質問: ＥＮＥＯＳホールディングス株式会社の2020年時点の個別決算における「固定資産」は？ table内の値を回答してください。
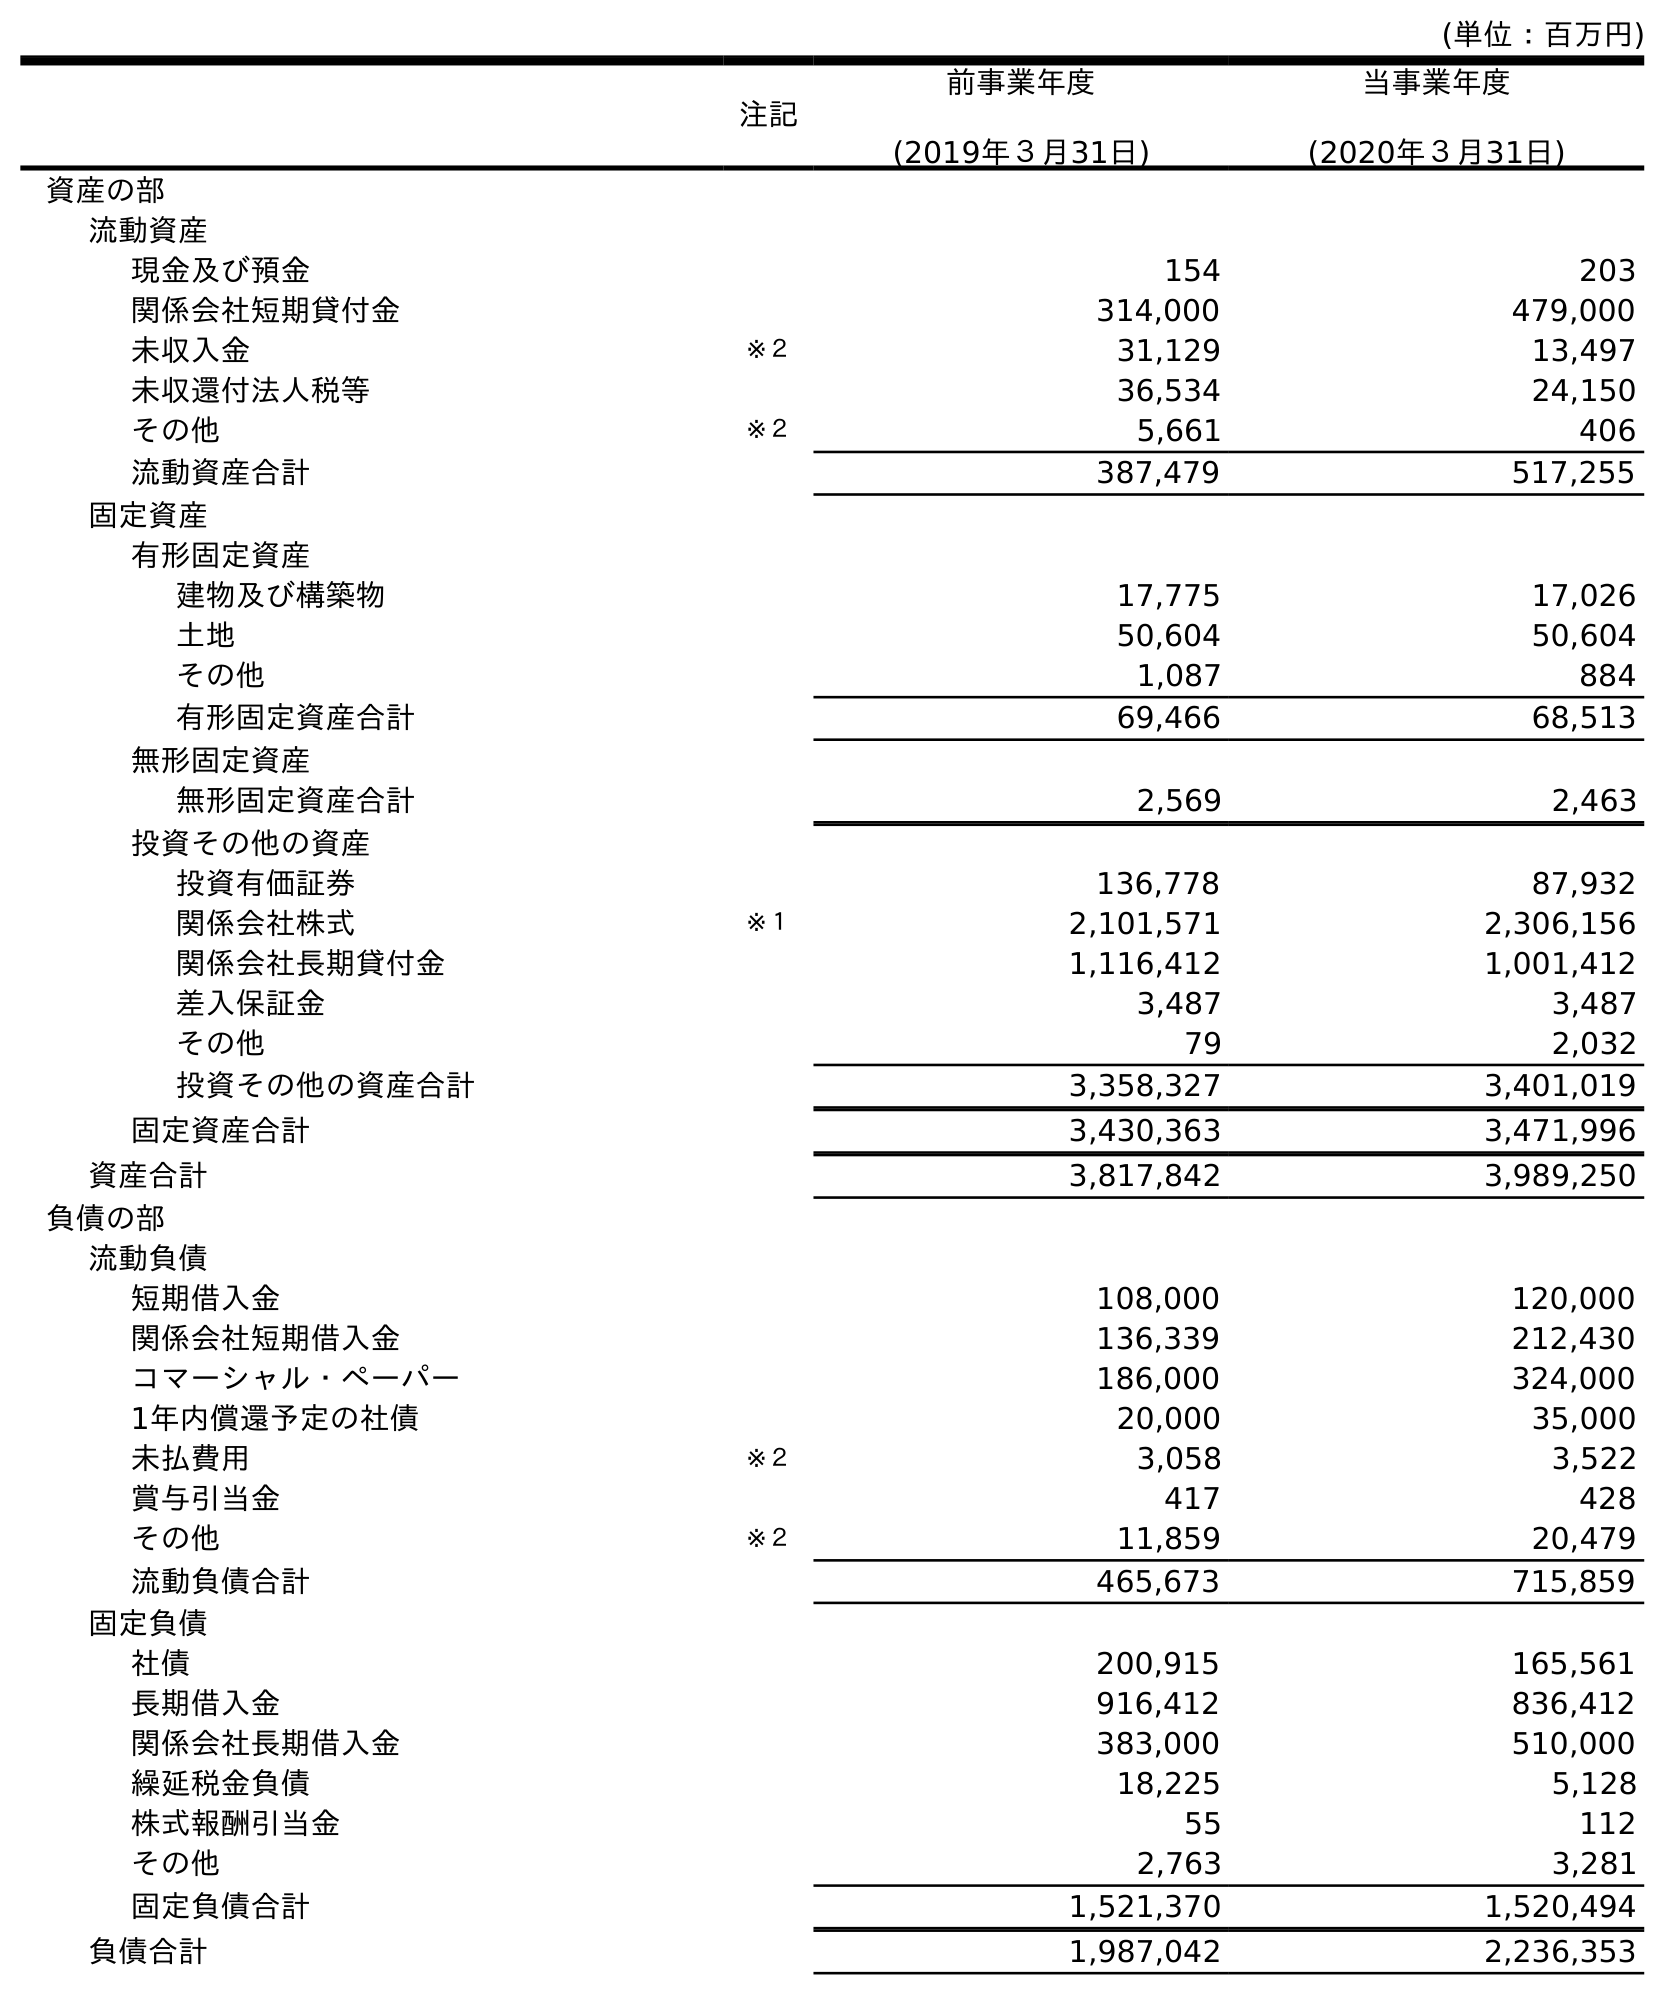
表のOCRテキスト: (単位：百万円) 注記 前事業年度 (2019年３月31日) 当事業年度 (2020年３月31日) 資産の部 流動資産 現金及び預金 154 203 関係会社短期貸付金 314,000 479,000 未収入金 ※２ 31,129 13,497 未収還付法人税等 36,534 24,150 その他 ※２ 5,661 406 流動資産合計 387,479 517,255 固定資産 有形固定資産 建物及び構築物 17,775 17,026 土地 50,604 50,604 その他 1,087 884 有形固定資産合計 69,466 68,513 無形固定資産 無形固定資産合計 2,569 2,463 投資その他の資産 投資有価証券 136,778 87,932 関係会社株式 ※１ 2,101,571 2,306,156 関係会社長期貸付金 1,116,412 1,001,412 差入保証金 3,487 3,487 その他 79 2,032 投資その他の資産合計 3,358,327 3,401,019 固定資産合計 3,430,363 3,471,996 資産合計 3,817,842 3,989,250 負債の部 流動負債 短期借入金 108,000 120,000 関係会社短期借入金 136,339 212,430 コマーシャル・ペーパー 186,000 324,000 1年内償還予定の社債 20,000 35,000 未払費用 ※２ 3,058 3,522 賞与引当金 417 428 その他 ※２ 11,859 20,479 流動負債合計 465,673 715,859 固定負債 社債 200,915 165,561 長期借入金 916,412 836,412 関係会社長期借入金 383,000 510,000 繰延税金負債 18,225 5,128 株式報酬引当金 55 112 その他 2,763 3,281 固定負債合計 1,521,370 1,520,494 負債合計 1,987,042 2,236,353
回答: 3,471,996